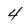
Character: 4